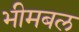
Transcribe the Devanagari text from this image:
भीमबल